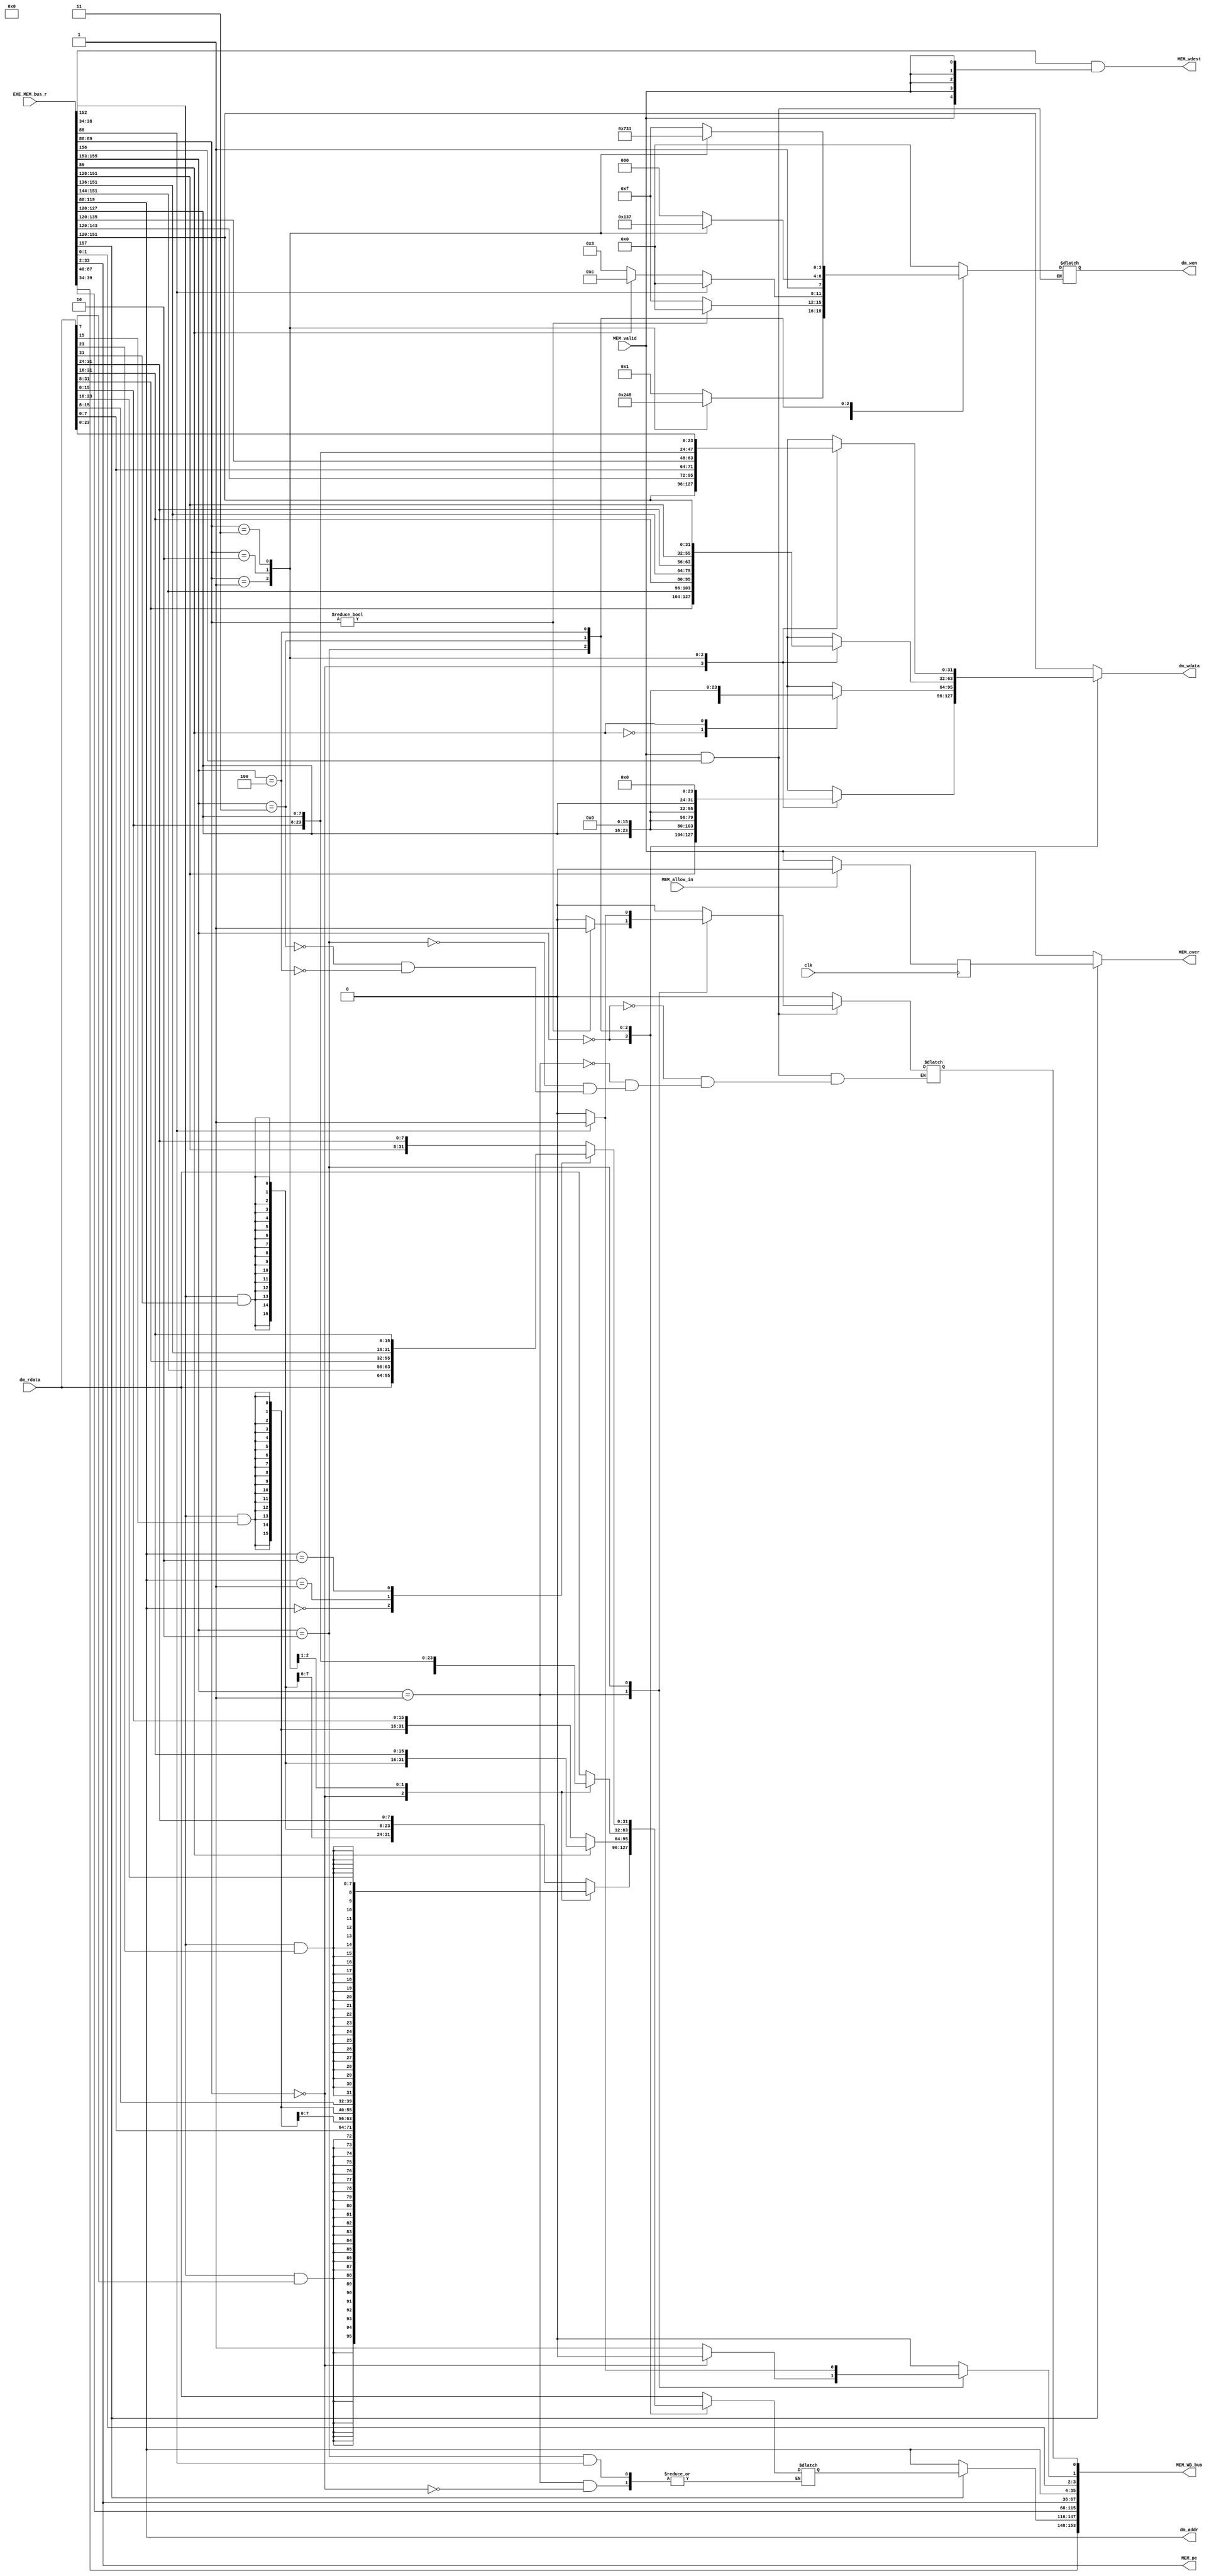
`timescale 1ns / 1ps
//*************************************************************************
//   > : mem.v
//   >   :CPU
//*************************************************************************
module mem(                          // 
    input              clk,          // 
    input              MEM_valid,    // 
    input      [157:0] EXE_MEM_bus_r,// EXE->MEM
    input      [ 31:0] dm_rdata,     // 
    output     [ 31:0] dm_addr,      // 
    output reg [  3:0] dm_wen,       // 
    output reg [ 31:0] dm_wdata,     // 
    output             MEM_over,     // MEM
    output     [153:0] MEM_WB_bus,   // MEM->WB
    
    //5
    input              MEM_allow_in, // MEM
    output     [  4:0] MEM_wdest,    // MEM
     
    //PC
    output     [ 31:0] MEM_pc
);
//-----{EXE->MEM}begin
    //load/store
    wire [5 :0] mem_control;  //MEM
    wire [31:0] store_data;   //store
    
    //EXEHI/LO
    wire [31:0] exe_result;
    wire [31:0] lo_result;
    wire        hi_write;
    wire        lo_write;
    
    //
    wire mfhi;
    wire mflo;
    wire mtc0;
    wire mfc0;
    wire [7 :0] cp0r_addr;
    wire       syscall;   //syscalleret 
    wire       eret;
    wire       break;
    wire       rf_wen;    //
    wire [4:0] rf_wdest;  //
    wire ov;              //
    
    //pc
    wire [31:0] pc;    
    assign {mem_control,
            store_data,
            exe_result,
            lo_result,
            hi_write,
            lo_write,
            mfhi,
            mflo,
            mtc0,
            mfc0,
            cp0r_addr,
            syscall,
            eret,
            rf_wen,
            rf_wdest,
            pc,
            break,
            ov         } = EXE_MEM_bus_r;  
//-----{EXE->MEM}end

reg adel;           // 
reg ades;           // 

//-----{load/store}begin
    wire inst_load;  //load
    wire inst_store; //store
    wire [2:0] ls_word;    //load/store,0:byte;1:word
    wire lb_sign;    //loadload
    assign {inst_load,inst_store,ls_word,lb_sign} = mem_control;

    //
    assign dm_addr = exe_result;
    
    //store
    always @ (*)    // 
    begin
        if (MEM_valid && inst_store) // ,store
        begin
            case (ls_word[2:0])
                3'd0:       // SB
                    begin // SB
                        ades <=0;
                        case (dm_addr[1:0])
                            2'b00   : dm_wen <= 4'b0001;
                            2'b01   : dm_wen <= 4'b0010;
                            2'b10   : dm_wen <= 4'b0100;
                            2'b11   : dm_wen <= 4'b1000;
                            default : dm_wen <= 4'b0000;
                        endcase
                    end
                3'd1:       // SW
                begin  // SW
                    if(dm_addr[1:0])
                    begin
                        ades <= 1;//  2  0ades
                        dm_wen <= 4'b0000;
                    end
                    else
                    begin
                        ades<=0;
                        dm_wen <= 4'b1111; // 1
                    end
                end
                3'd2:       // SH
                    begin // SH
                        if(dm_addr[0])
                        begin
                            ades <= 1;//  1  0ades
                            dm_wen <= 4'b0000;
                        end
                        else
                        begin
                            ades<=0;
                            case (dm_addr[1])
                                1'b0   : dm_wen <= 4'b0011;
                                1'b1   : dm_wen <= 4'b1100;
                                default : dm_wen <= 4'b0000;
                            endcase
                        end
                    end
                3'd3:       // SWL
                    begin
                        ades<=0;
                        case (dm_addr[1:0])
                            2'b00   : dm_wen <= 4'b1000;
                            2'b01   : dm_wen <= 4'b1100;
                            2'b10   : dm_wen <= 4'b1110;
                            2'b11   : dm_wen <= 4'b1111;
                            default : dm_wen <= 4'b0000;
                        endcase
                    end
                3'd4:       // SWR
                    begin
                        ades<=0;
                        case (dm_addr[1:0])
                            2'b00   : dm_wen <= 4'b1111;
                            2'b01   : dm_wen <= 4'b0111;
                            2'b10   : dm_wen <= 4'b0011;
                            2'b11   : dm_wen <= 4'b0001;
                            default : dm_wen <= 4'b0000;
                        endcase
                    end
                default: dm_wen <= 4'b0000;
            endcase
        end
        else
        begin
            ades <= 0;
        end   
    end 
    
    //store
    always @ (*)  
    begin
        case (ls_word[2:0])
            3'd0:       // SBstore
            begin
                case (dm_addr[1:0])
                    2'b00   : dm_wdata <= store_data;
                    2'b01   : dm_wdata <= {16'd0, store_data[7:0], 8'd0};
                    2'b10   : dm_wdata <= {8'd0, store_data[7:0], 16'd0};
                    2'b11   : dm_wdata <= {store_data[7:0], 24'd0};
                    default : dm_wdata <= store_data;
                endcase
            end
            3'd1:       // SW
            begin
                dm_wdata <= store_data;
            end
            3'd2:       // SH
            begin
                case (dm_addr[1])
                    1'b0   : dm_wdata <= {16'd0,store_data[15:0]};
                    1'b1   : dm_wdata <= {store_data[7:0], 16'd0};
                    default : dm_wdata <= store_data;
                endcase
            end
            3'd3:       // SWL
            begin
                case (dm_addr[1:0])
                    2'b00   : dm_wdata <= {dm_rdata[31:8], store_data[31:24]};
                    2'b01   : dm_wdata <= {dm_rdata[31:16], store_data[31:16]};
                    2'b10   : dm_wdata <= {dm_rdata[31:24], store_data[31:8]};
                    2'b11   : dm_wdata <= {store_data[31:0]};
                    default : dm_wdata <= store_data;
                endcase
            end
            3'd4:       // SWR
            begin
                case (dm_addr[1:0])
                    2'b00   : dm_wdata <= {store_data[31:0]};
                    2'b01   : dm_wdata <= {store_data[23:0],dm_rdata[7:0]};
                    2'b10   : dm_wdata <= {store_data[15:0],dm_rdata[15:0]};
                    2'b11   : dm_wdata <= {store_data[7:0],dm_rdata[23:0]};
                    default : dm_wdata <= store_data;
                endcase
            end
            default: dm_wdata <= store_data;
        endcase
        
    end
    
    //load
    // wire        load_sign;
    reg [31:0] load_result;
    always @(*) begin
        case (ls_word[2:0])
            3'd0:       // LB/LBU
            begin
                adel <= 0;
                case (dm_addr[1:0])
                    2'd0: load_result <= {{24{lb_sign & dm_rdata[7]}}, dm_rdata[ 7:0 ]};
                    2'd1: load_result <= {{24{lb_sign & dm_rdata[15]}}, dm_rdata[15:8 ]};
                    2'd2: load_result <= {{24{lb_sign & dm_rdata[23]}}, dm_rdata[23:16]};
                    default: load_result <= {{24{lb_sign & dm_rdata[31]}}, dm_rdata[31:24]};
                endcase
            end
            3'd1:       // LW
                if (dm_addr[1:0] == 2'b0) begin
                    // 32
                    load_result <= dm_rdata;  
                    adel <= 0;             
                end else begin
                    // 
                    adel <=1;
                end 
            3'd2:       // LH/LHU
                if (dm_addr[0] == 1'b0) begin
                    // 32
                    case (dm_addr[1])
                        1'b0: load_result <= {{16{dm_rdata[15] & lb_sign}} , dm_rdata[15:0]}; // 
                        1'b1: load_result <= {{16{dm_rdata[31] & lb_sign}} , dm_rdata[31:16]}; // 
                    endcase 
                    adel <= 0;
                end else begin
                    // 
                    adel <=1;
                end 
            3'd3:       // LWL
            begin
                adel <= 0;
                case (dm_addr[1:0])
                    2'd0: load_result <= {dm_rdata[ 7:0 ], store_data[23:0]};
                    2'd1: load_result <= {dm_rdata[15:0 ], store_data[15:0]};
                    2'd2: load_result <= {dm_rdata[23:0 ], store_data[7:0] };
                    default: load_result <= {dm_rdata[31:0]};
                endcase
            end
            3'd4:       // LWR
            begin
                adel <= 0;
                case (dm_addr)
                    2'd0: load_result <= {dm_rdata[31:0 ]};
                    2'd1: load_result <= {store_data[31:24], dm_rdata[31:8]};
                    2'd2: load_result <= {store_data[31:16], dm_rdata[31:16]};
                    default: load_result <= {store_data[31:8], dm_rdata[31:24]};
                endcase
            end
            default: 
            begin
                adel <= 0;
                load_result <= dm_rdata; 
            end
        endcase
    end
    // assign load_sign = ls_word[2:0] == 3'd0 ? 
    //                         ((dm_addr[1:0]==2'd0) ? dm_rdata[ 7] :
    //                         (dm_addr[1:0]==2'd1) ? dm_rdata[15] :
    //                         (dm_addr[1:0]==2'd2) ? dm_rdata[23] : dm_rdata[31]):
    //                         (dm[1] == 1'b0 ? dm_rdata[15] : dm_rdata[31]);
    // assign load_result[7:0] = (dm_addr[1:0]==2'd0) ? dm_rdata[ 7:0 ] :
    //                           (dm_addr[1:0]==2'd1) ? dm_rdata[15:8 ] :
    //                           (dm_addr[1:0]==2'd2) ? dm_rdata[23:16] :
    //                                                  dm_rdata[31:24] ;
    // assign load_result[31:8]= ls_word[2:0] == 3'd1 ? dm_rdata[31:8] :           // LW
    //                           ls_word[2:0] == 3'd0 ?{24{lb_sign & load_sign}}:  // LB/LBU
    //                           ;
//-----{load/store}end

//-----{MEM}begin
    //RAM,
    //load
    //load
    //memload
    //
    reg MEM_valid_r;
    always @(posedge clk)
    begin
        if (MEM_allow_in)
        begin
            MEM_valid_r <= 1'b0;
        end
        else
        begin
            MEM_valid_r <= MEM_valid;
        end
    end
    assign MEM_over = inst_load ? MEM_valid_r : MEM_valid;
    //ramMEM_validMEM_over
    //load
//-----{MEM}end

//-----{MEMdest}begin
   //MEM
    assign MEM_wdest = rf_wdest & {5{MEM_valid}};
//-----{MEMdest}end

//-----{MEM->WB}begin
    wire [31:0] mem_result; //MEMWBresultloadEXE
    assign mem_result = inst_load ? load_result : exe_result;
    
    assign MEM_WB_bus = {rf_wen,rf_wdest,                   // WB
                         mem_result,                        // 
                         lo_result,                         // 32
                         hi_write,lo_write,                 // HI/LO
                         mfhi,mflo,                         // WB,
                         mtc0,mfc0,cp0r_addr,syscall,eret,  // WB,
                         pc,                                // PC
                         dm_addr,
                         break,ov,adel,ades};                            // WB,
//-----{MEM->WB}begin

//-----{MEMPC}begin
    assign MEM_pc = pc;
//-----{MEMPC}end
endmodule